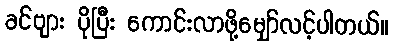
ခင်ဗျား ပိုပြီး ကောင်းလာဖို့မျှော်လင့်ပါတယ်။